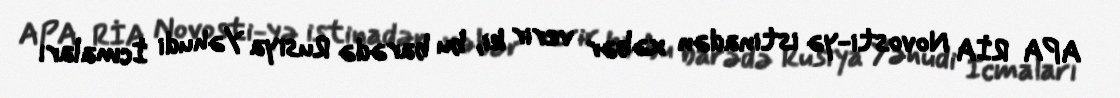
APA RİA Novosti-yə istinadən xəbər verir ki, bu barədə Rusiya Yəhudi İcmaları